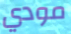
مودي